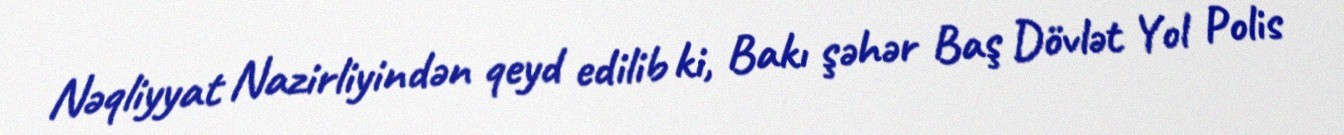
Nəqliyyat Nazirliyindən qeyd edilib ki, Bakı şəhər Baş Dövlət Yol Polis